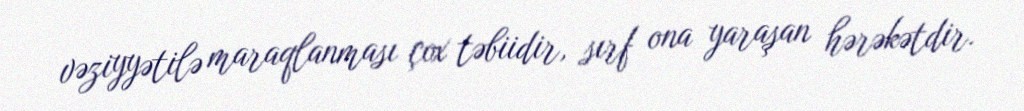
vəziyyətilə maraqlanması çox təbiidir, sırf ona yaraşan hərəkətdir.